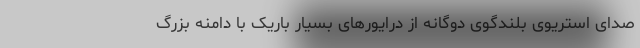
صدای استریوی بلندگوی دوگانه از درایورهای بسیار باریک با دامنه بزرگ